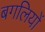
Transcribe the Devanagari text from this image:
बगलियों